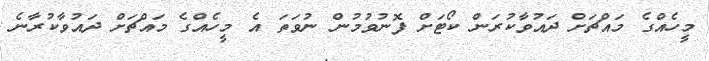
މީހެއްގެ މައްޗަށް ދައުވާކުރަން ކޯޓަށް ފޮނުވުމުން ނުވަތަ އެ މީހެއްގެ މައްޗަށް ދައުވާކުރާނެ